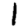
Digit: 1